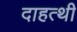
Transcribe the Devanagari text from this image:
दाहत्थी